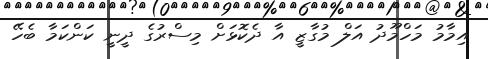
އިމާމު މަހްމޫދު އަލް މުގާޒީ އާ ދެކޮޅަށް މިސްރުގެ ދީނީ ކަންކަމާ ބެހޭ